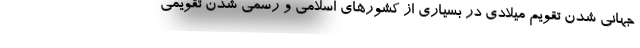
جهانی شدن تقویم میلادی در بسياري از کشورهای اسلامی و رسمی شدن تقویمی